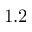
1 . 2